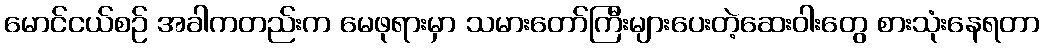
မောင်ငယ်စဉ် အခါကတည်းက မေဖုရားမှာ သမားတော်ကြီးများပေးတဲ့ဆေးဝါးတွေ စားသုံးနေရတာ